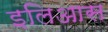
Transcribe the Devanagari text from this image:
इलिआस